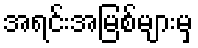
အရင်းအမြစ်များမှ